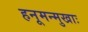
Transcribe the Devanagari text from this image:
हनूमन्मुखाः